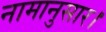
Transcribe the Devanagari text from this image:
नामानुसार।